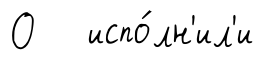
О испо́лн'ил'и